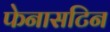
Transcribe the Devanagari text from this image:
फेनासटिन